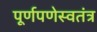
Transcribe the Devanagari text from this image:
पूर्णपणेस्वतंत्र